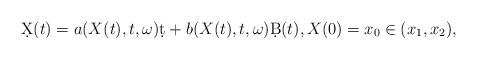
LaTeX: \begin{align*} \d X(t) = a(X(t), t, \omega)\d t + b(X(t), t, \omega)\d B(t), X(0) = x_0 \in (x_1, x_2),\end{align*}